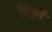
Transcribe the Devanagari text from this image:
प्रिज़र्व